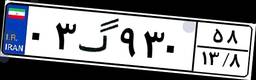
۰۳گ۹۳۰۵۸